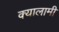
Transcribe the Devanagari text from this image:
क्यालामी